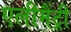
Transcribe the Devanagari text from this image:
एलीमैंट्री